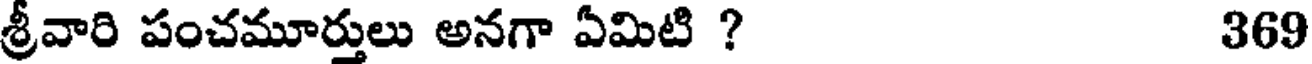
శ్రీవారి పంచమూర్తులు అనగా ఏమిటి ? 369